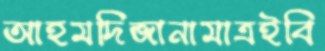
আহমদিজানামাত্রইবি